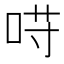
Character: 𱒰